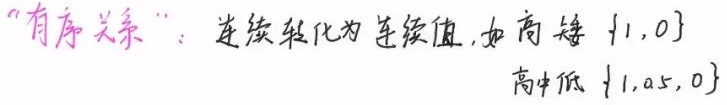
“有序关系”：连续转化为连续值,如高矮 $\{1,0\}$
高中低 $\{1,0.5,0\}$